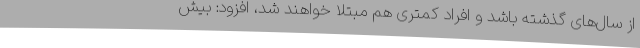
از سال‌های گذشته باشد و افراد کمتری هم مبتلا خواهند شد، افزود: بیش